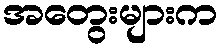
အတွေးများက